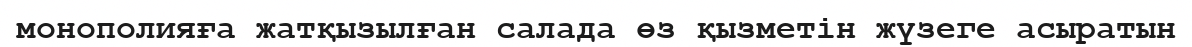
монополияға жатқызылған салада өз қызметін жүзеге асыратын